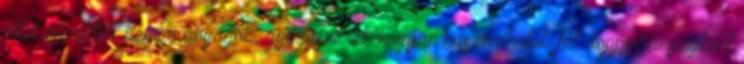
által előállított kémiai anyagok, gyógyszerek hogyan használhatók fel doppinganyagként